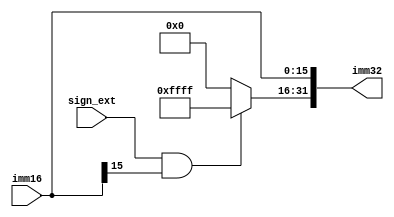
`timescale 1ns / 1ps

module Ext16(
    input [15:0] imm16,
    input sign_ext,
    output reg [31:0] imm32
    );
    

    always @(*) begin
        if(sign_ext==1&&imm16[15]==1)
        begin 
            imm32[31:0]=32'hffffffff;
            imm32[15:0]=imm16[15:0];
        end
        else
        begin
            imm32[31:0]=32'h00000000;
            imm32[15:0]=imm16[15:0];
        end
    end
endmodule